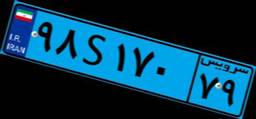
۹۸S۱۷۰۷۹